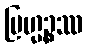
ဗြဟ္မဉ္စဿ